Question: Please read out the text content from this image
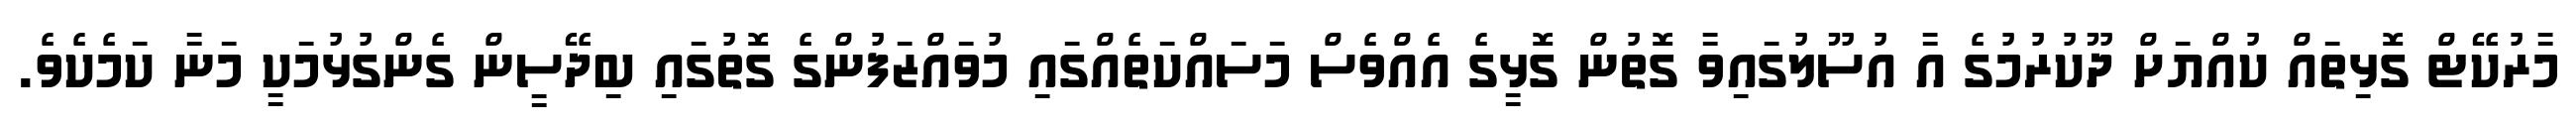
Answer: މާރުކޭޓް ގޮޅިތައް ކުއްޔަށް ދޫކުރުމުގެ އާ އުސޫލުގައިވާ ގޮތުން ގޮޅީގެ އެއްވެސް މަސައްކަތެއްގައި މުވައްޒަފުންގެ ގޮތުގައި ބިދޭސީން ގެންގުޅުމަކީ މަނާ ކަމެކެވެ.